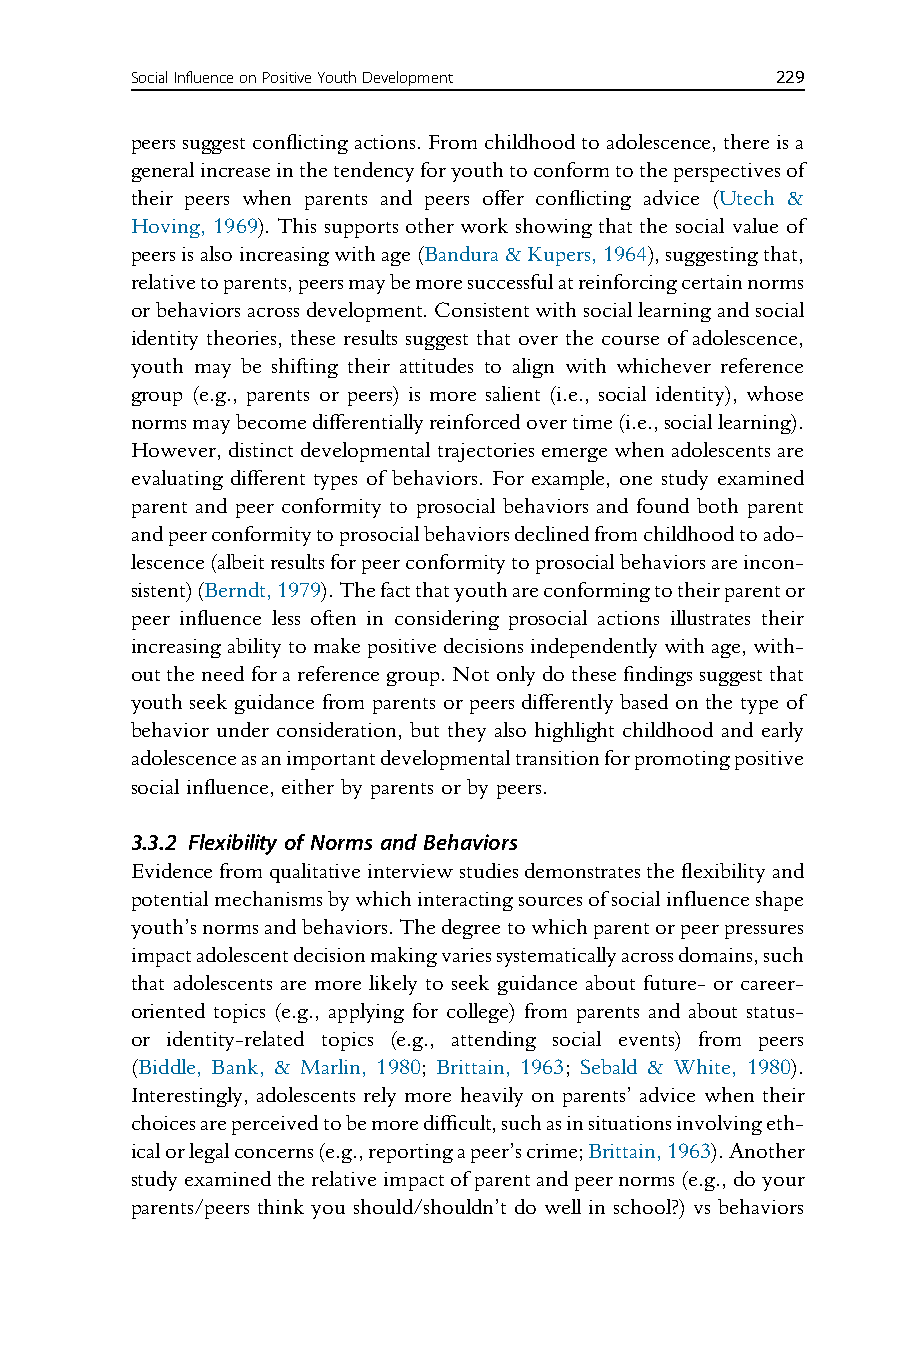
SocialInfluenceonPositiveYouthDevelopment 229
 peerssuggestconflictingactions.Fromchildhoodtoadolescence,thereisa
 generalincreaseinthetendencyforyouthtoconformtotheperspectivesof
 their peers when parents and peers offer conflicting advice (Utech &
 Hoving, 1969). This supports other work showing that the social value of
 peersisalsoincreasingwithage(Bandura&Kupers,1964),suggestingthat,
 relativetoparents,peersmaybemoresuccessfulatreinforcingcertainnorms
 orbehaviorsacrossdevelopment.Consistentwithsociallearningandsocial
 identity theories, these results suggest that over the course of adolescence,
 youth may be shifting their attitudes to align with whichever reference
 group (e.g., parents or peers) is more salient (i.e., social identity), whose
 normsmaybecomedifferentiallyreinforcedovertime(i.e.,sociallearning).
 However,distinctdevelopmentaltrajectoriesemergewhenadolescentsare
 evaluating different types of behaviors. For example, one study examined
 parent and peer conformity to prosocial behaviors and found both parent
 andpeerconformitytoprosocialbehaviorsdeclinedfromchildhoodtoado-
 lescence(albeitresultsforpeerconformitytoprosocialbehaviorsareincon-
 sistent)(Berndt,1979).Thefactthatyouthareconformingtotheirparentor
 peer influence less often in considering prosocial actions illustrates their
 increasingabilitytomakepositivedecisionsindependentlywithage,with-
 outtheneedforareferencegroup.Notonlydothesefindingssuggestthat
 youth seek guidance from parents or peers differently based on the type of
 behavior under consideration, but they also highlight childhood and early
 adolescenceasanimportantdevelopmentaltransitionforpromotingpositive
 social influence, either by parents or by peers.
 3.3.2 Flexibility of Norms and Behaviors
 Evidencefromqualitativeinterviewstudiesdemonstratestheflexibilityand
 potentialmechanismsbywhichinteractingsourcesofsocialinfluenceshape
 youth’snormsandbehaviors.Thedegreetowhichparentorpeerpressures
 impactadolescentdecisionmakingvariessystematicallyacrossdomains,such
 that adolescents are more likely to seek guidance about future- or career-
 oriented topics (e.g., applying for college) from parents and about status-
 or identity-related topics (e.g., attending social events) from peers
 (Biddle, Bank, & Marlin, 1980; Brittain, 1963; Sebald & White, 1980).
 Interestingly, adolescents rely more heavily on parents’ advice when their
 choicesareperceivedtobemoredifficult,suchasinsituationsinvolvingeth-
 icalorlegalconcerns(e.g.,reportingapeer’scrime;Brittain,1963).Another
 studyexaminedtherelativeimpactofparentandpeernorms(e.g.,doyour
 parents/peers think you should/shouldn’t do well in school?) vs behaviors